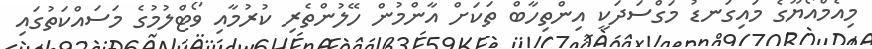
މިއެމްއޯޔޫގެ މައިގަނޑު މަގްސަދަކީ އިންތިހާބް ތަކަށް އާންމުން ހޭލުންތެރި ކުރުމާއި ވޯޓްލުމުގެ މަސައްކަތުގައި